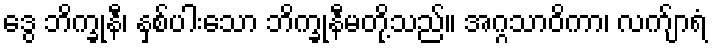
ဒွေ ဘိက္ခုနီ၊ နှစ်ပါးသော ဘိက္ခုနီမတို့သည်။ အဂ္ဂသာဝိကာ၊ လက်ျာရံ